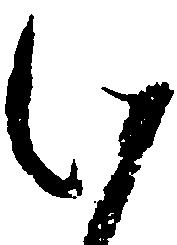
此